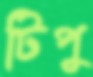
টিপু